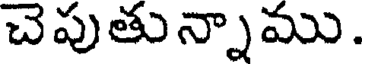
చెపుతున్నాము.